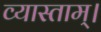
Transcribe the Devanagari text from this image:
व्यास्ताम्।